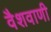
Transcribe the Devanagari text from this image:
वैशवाणी